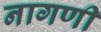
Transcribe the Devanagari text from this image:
नागणी